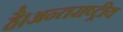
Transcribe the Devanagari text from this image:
है।अन्तराष्ट्रीय